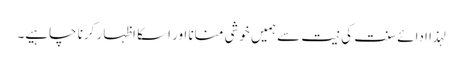
لہذا ادائے سنت کی نیت سے ہمیں خوشی منانا اور اسکا اظہار کرنا چاہیے۔